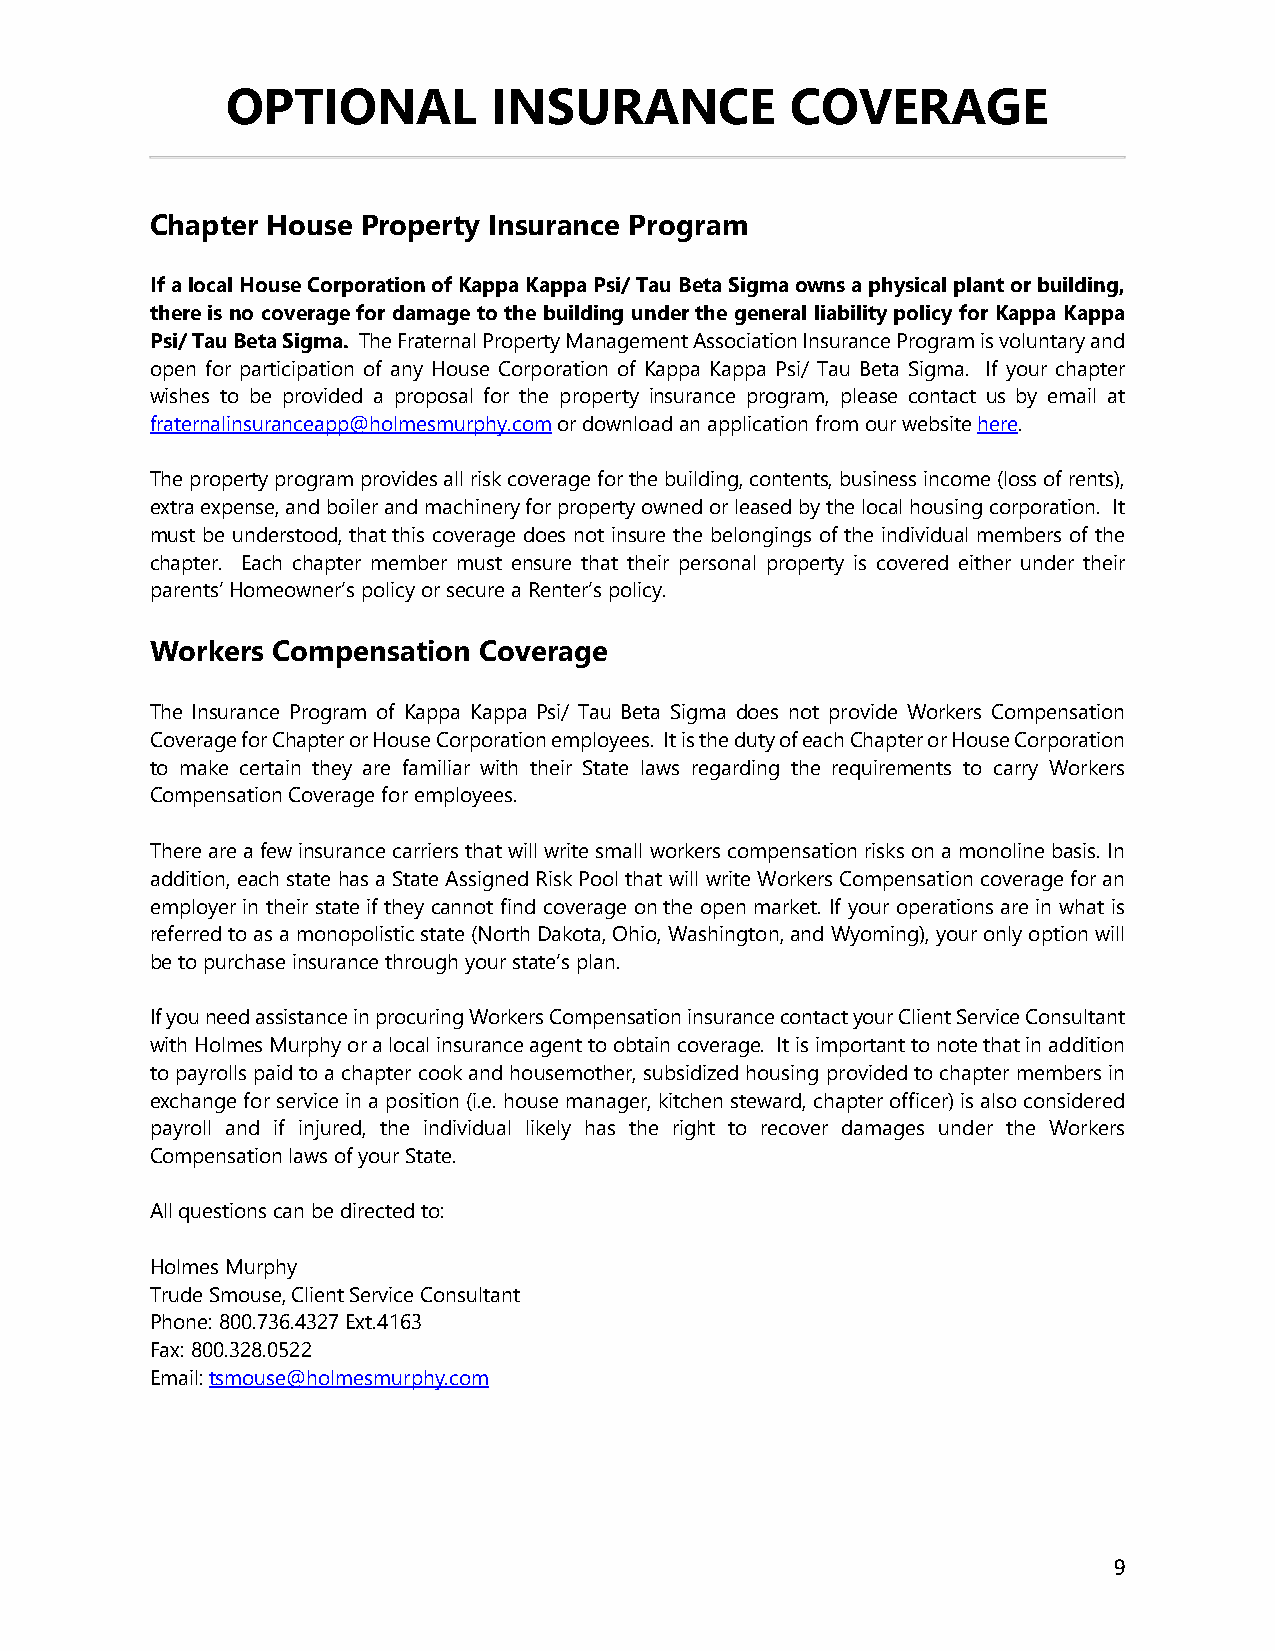
OPTIONAL          INSURANCE          COVERAGE
 Chapter House Property Insurance Program
 If a local House Corporation of Kappa Kappa Psi/ Tau Beta Sigma owns a physical plant or building,
 there is no coverage for damage to the building under the general liability policy for Kappa Kappa
 Psi/ Tau Beta Sigma. The Fraternal Property Management Association Insurance Program is voluntary and
 open for participation of any House Corporation of Kappa Kappa Psi/ Tau Beta Sigma. If your chapter
 wishes to be provided a proposal for the property insurance program, please contact us by email at
 fraternalinsuranceapp@holmesmurphy.com or download an application from our website here.
 The property program provides all risk coverage for the building, contents, business income (loss of rents),
 extra expense, and boiler and machinery for property owned or leased by the local housing corporation. It
 must be understood, that this coverage does not insure the belongings of the individual members of the
 chapter. Each chapter member must ensure that their personal property is covered either under their
 parents’ Homeowner’s policy or secure a Renter’s policy.
 Workers Compensation  Coverage
 The Insurance Program of Kappa Kappa Psi/ Tau Beta Sigma does not provide Workers Compensation
 Coverage for Chapter or House Corporation employees. It is the duty of each Chapter or House Corporation
 to make certain they are familiar with their State laws regarding the requirements to carry Workers
 Compensation Coverage for employees.
 There are a few insurance carriers that will write small workers compensation risks on a monoline basis. In
 addition, each state has a State Assigned Risk Pool that will write Workers Compensation coverage for an
 employer in their state if they cannot find coverage on the open market. If your operations are in what is
 referred to as a monopolistic state (North Dakota, Ohio, Washington, and Wyoming), your only option will
 be to purchase insurance through your state’s plan.
 If you need assistance in procuring Workers Compensation insurance contact your Client Service Consultant
 with Holmes Murphy or a local insurance agent to obtain coverage. It is important to note that in addition
 to payrolls paid to a chapter cook and housemother, subsidized housing provided to chapter members in
 exchange for service in a position (i.e. house manager, kitchen steward, chapter officer) is also considered
 payroll and if injured, the individual likely has the right to recover damages under the Workers
 Compensation laws of your State.
 All questions can be directed to:
 Holmes Murphy
 Trude Smouse, Client Service Consultant
 Phone: 800.736.4327 Ext.4163
 Fax: 800.328.0522
 Email: tsmouse@holmesmurphy.com
 9